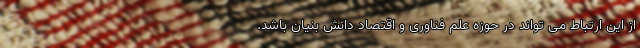
از این ارتباط می ‌تواند در حوزه علم فناوری و اقتصاد دانش بنیان باشد.